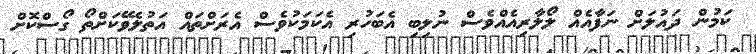
ކަމުން ދައުލަށް ނަފާއެއް ލޯލާރިއެއްވެސް ނުލިބި އެބަހުރި އެކަމަކުވެސް އެރަށްތައް އަތުލެވޭކަށްތޯ ގޯސްކޮށް